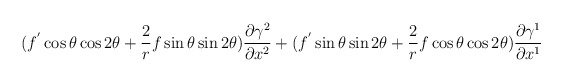
\begin{align*}(f^{'}\cos \theta \cos 2 \theta + \frac{2}{r} f \sin \theta \sin2 \theta) \frac{\partial \gamma^2}{\partial x^2} +(f^{'}\sin\theta \sin 2 \theta + \frac{2}{r} f \cos \theta \cos 2 \theta)\frac{\partial \gamma^1}{\partial x^1}\end{align*}